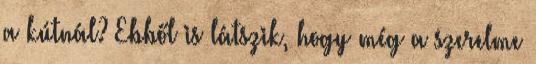
a kútnál? Ebből is látszik, hogy még a szerelme